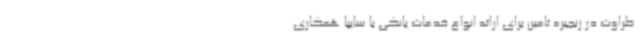
طراوت در زنجیره تامین برای ارائه انواع خدمات بانکی با سایپا همکاری